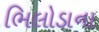
ભિલોડાના